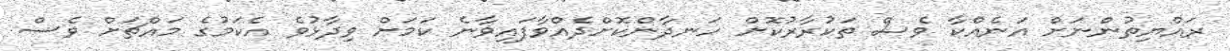
ރައްޔިތުންނަށް އަނެއްކާ ވެސް ތަކުރާރުކޮށް ހަނދާންކޮށްދެއްވާފައިވާނެ ކަމަށް ވިދާޅުވެ އެކަމުގެ މައްޗަށް ވެސް